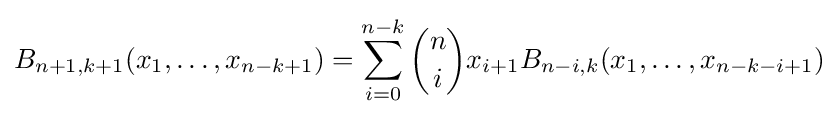
B_{n+1,k+1}(x_{1},\ldots ,x_{n-k+1})=\sum _{i=0}^{n-k}{\binom {n}{i}}x_{i+1}B_{n-i,k}(x_{1},\ldots ,x_{n-k-i+1})